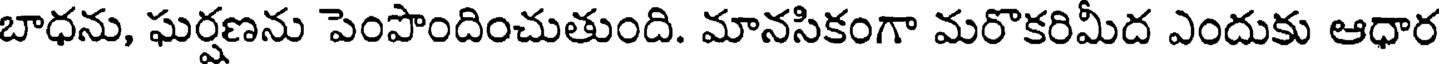
బాధను, ఘర్షణను పెంపొందించుతుంది. మానసికంగా మరొకరిమీద ఎందుకు ఆధార